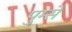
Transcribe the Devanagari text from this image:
पुम्से